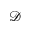
\mathcal { D }